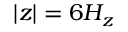
| z | = 6 H _ { z }